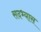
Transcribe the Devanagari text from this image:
सदभ्यास